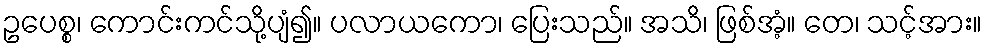
ဥပေစ္စ၊ ကောင်းကင်သို့ပျံ၍။ ပလာယကော၊ ပြေးသည်။ အသိ၊ ဖြစ်အံ့။ တေ၊ သင့်အား။